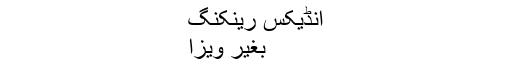
انڈیکس رینکنگ
بغیر ویزا